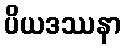
ပိယဒဿနာ